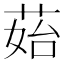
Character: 𦰯